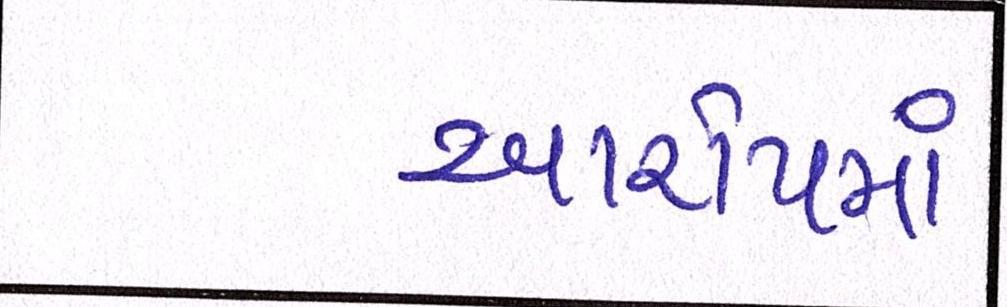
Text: આરોપમાં